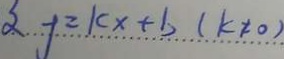
y = k x + b ( k \neq 0 )